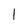
Character: 1